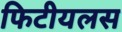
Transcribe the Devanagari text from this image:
फिटीयलस